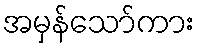
အမှန်သော်ကား